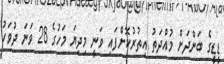
ޑީޑީގެ ބަންދަށް މުއްދަތު އިތުރުކޮށްފައި ވަނީ މިދިޔަ މަހުގެ 28 ވަނަ ދުވަހު